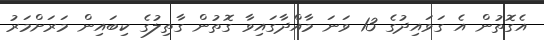
އެގޮތުން އެ ގަވައިދުގެ 13 ވަނަ މާއްދާގައިވާ ގޮތުން ގާތިލުގެ ކިބައިން މަރަށްމަރު